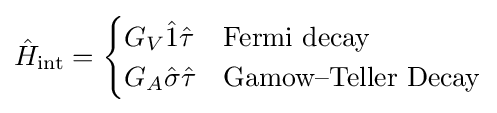
{\hat {H}}_{\text{int}}={\begin{cases}G_{V}{\hat {1}}{\hat {\tau }}&{\text{Fermi decay}}\\G_{A}{\hat {\sigma }}{\hat {\tau }}&{\text{Gamow–Teller Decay}}\end{cases}}